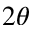
2 \theta